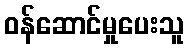
ဝန်ဆောင်မှုပေးသူ